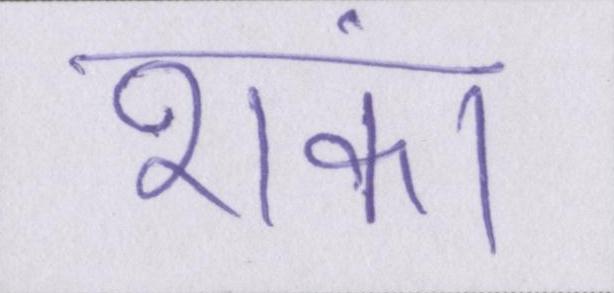
शंका